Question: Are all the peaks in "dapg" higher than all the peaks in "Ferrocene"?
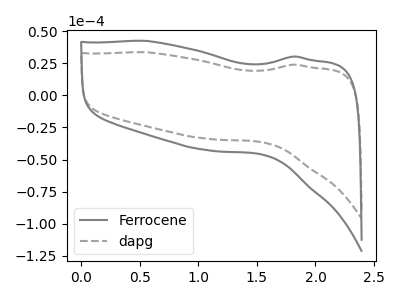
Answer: <think>The gray curve "Ferrocene" has no peaks. The gray dashed curve "dapg" has no peaks.</think>
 <answer>Niether CV has any peaks.</answer>
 <eval>blanks</eval>